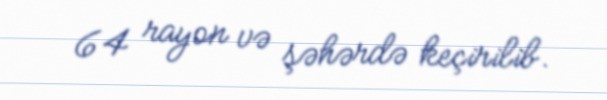
64 rayon və şəhərdə keçirilib.